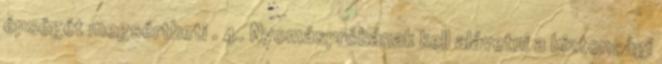
épségét megsértheti . 4. Nyomáspróbának kell alávetni a biztonsági